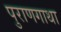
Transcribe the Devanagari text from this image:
पुराणगाथा